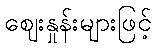
ဈေးနှုန်းများဖြင့်